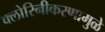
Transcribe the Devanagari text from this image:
क्लोरिनीकरणामुळे